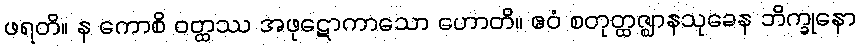
ဖရတိ။ န ကောစိ ဝတ္ထဿ အဖုဋောကာသော ဟောတိ။ ဧဝံ စတုတ္ထဇ္ဈာနသုခေန ဘိက္ခုနော